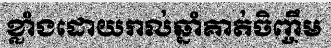
ខ្លាំងដោយរាល់ឆ្នាំគាត់ចិញ្ចឹម